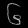
Digit: ၆